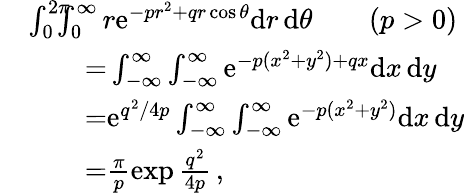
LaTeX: \begin{array}{rl}&{\int_{0}^{2\pi}\! \! \! \! \int_{0}^{\infty}r\mathrm{e}^{-pr^{2}+qr\cos\theta}\mathrm{d}r\, \mathrm{d}\theta\qquad\mathrm(p>0)}\\ &{\qquad\mathrm=\int_{-\infty}^{\infty}\int_{-\infty}^{\infty}\mathrm{e}^{-p(x^{2}+y^{2})+qx}\mathrm{d}x\, \mathrm{d}y}\\ &{\qquad\mathrm=\mathrm{e}^{q^{2}/4p}\int_{-\infty}^{\infty}\int_{-\infty}^{\infty}\mathrm{e}^{-p(x^{2}+y^{2})}\mathrm{d}x\, \mathrm{d}y}\\ &{\qquad\mathrm=\frac{\pi}{p}\exp{\frac{q^{2}}{4p}}\, ,}\end{array}